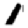
Digit: 1